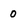
Character: 0